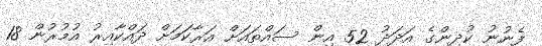
ފެނުނު ކުދިންގެ އަދަދު 52 އިން ސައްތައަށް އަރާކަމަށް ދައްކާއިރު އުމުރުން 18